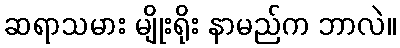
ဆရာသမား မျိုးရိုး နာမည်က ဘာလဲ။